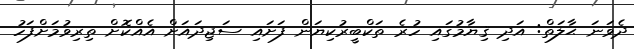
ދެވަނަ ޙާލަތް: އަދި ޤިޔާމުގައި ހުރެ ތަކްބީރުކިޔަން ފަށައި ސަޖިދައަށް އެއްކޮށް ތިރިވުމަށްފަހު